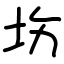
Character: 㘯